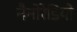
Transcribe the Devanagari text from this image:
नैनोरेडियो